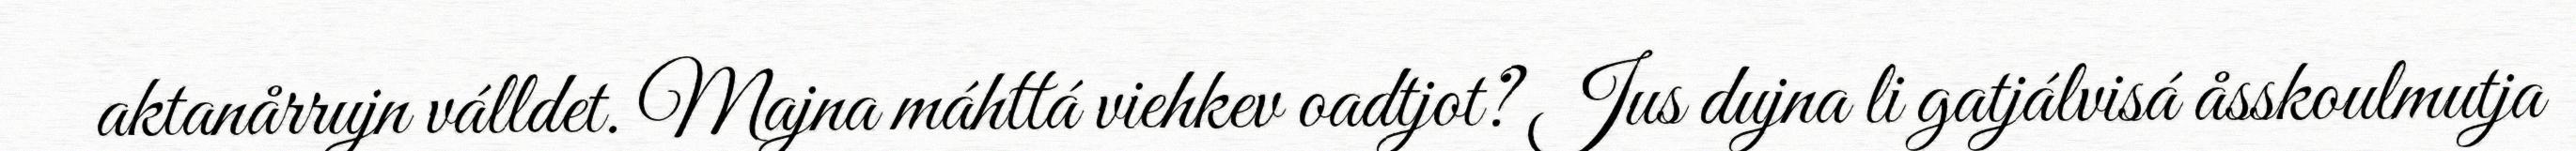
aktanårrujn válldet. Majna máhttá viehkev oadtjot? Jus dujna li gatjálvisá åsskoulmutja